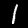
Label: 1